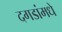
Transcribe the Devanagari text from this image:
दगडांमधे